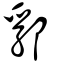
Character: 郛